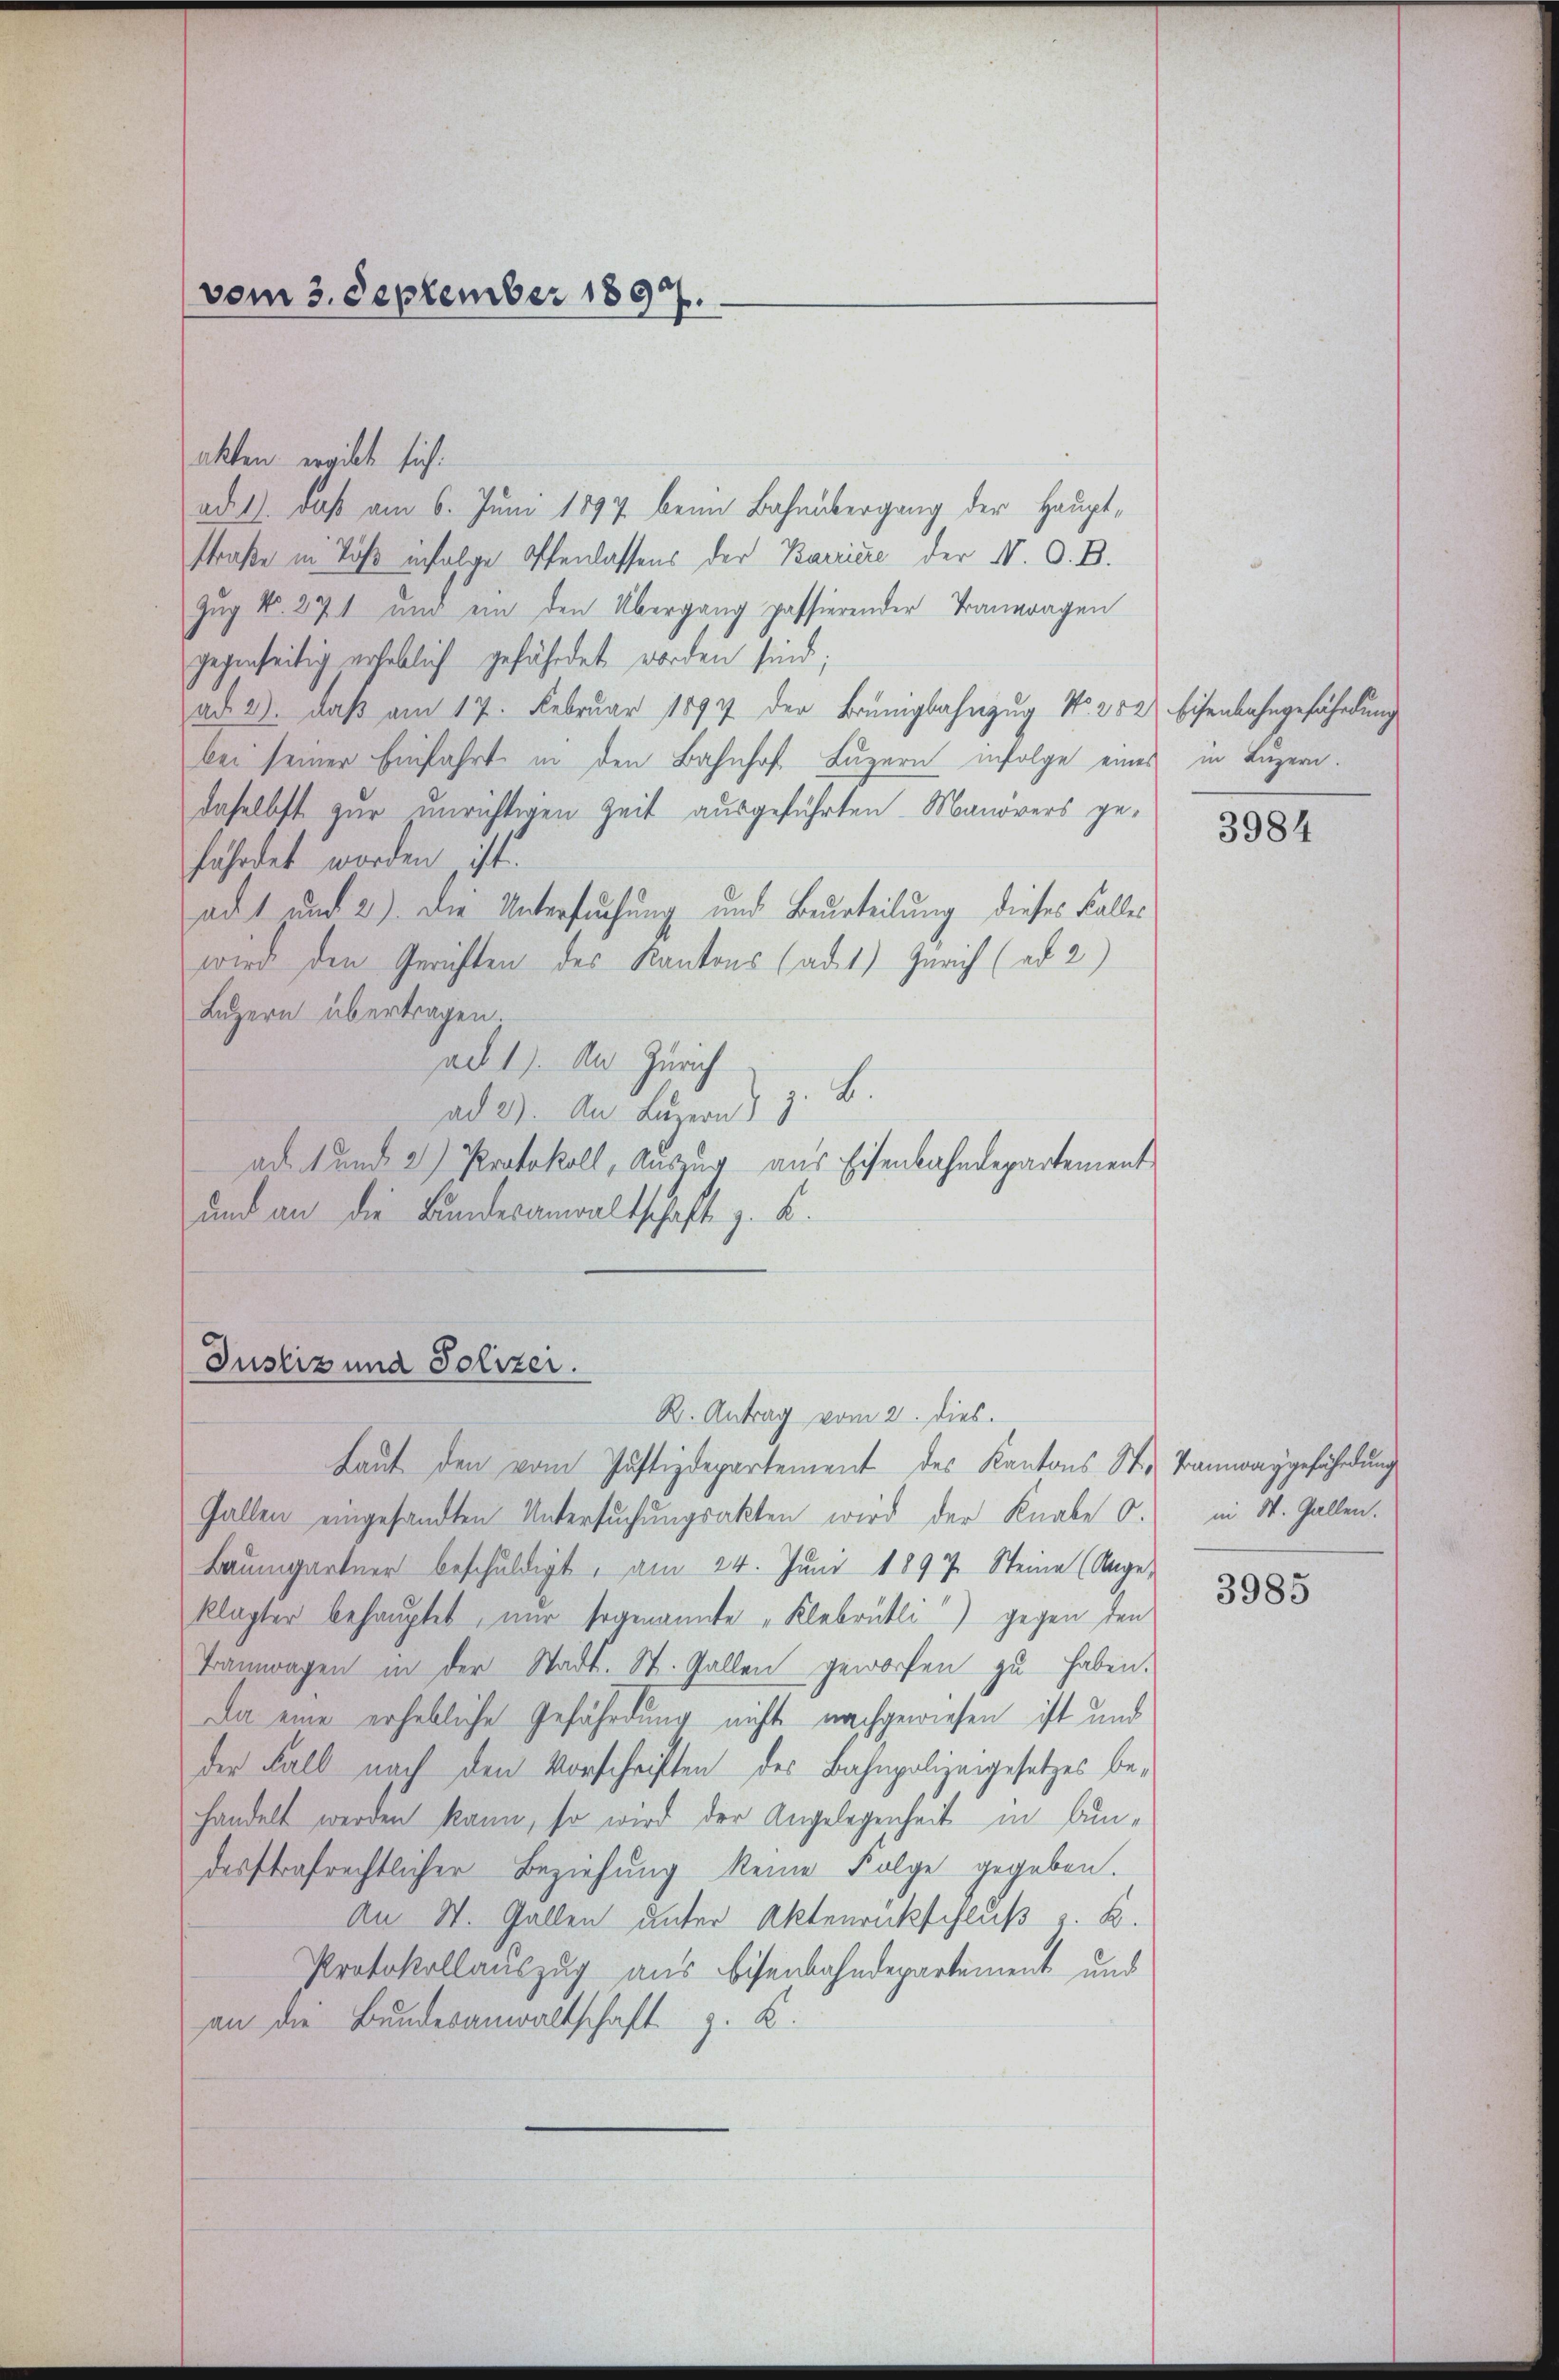
vom 3. September 1897.

akten ergibt sich:
ad 1., daß am 6. Juni 1897 beim Bahnübergang der Hauptstraße in Töß infolge Offenlassens der Barriere der N. O. B.
Zug No. 271 und ein den Übergang passierender Traueragen
gegenseitig erheblich gefährdet worden sind;
ad 2. daß am 17. Februar 1897 der Brünigbahnzug No. 282. Eisenbahngefährdung
bei seiner Einfahrt in den Bahnhof Luzern infolge eines in Luzern.
daselbst zur unrichtigen Zeit ausgeführten Manövers gefährdet worden ist.
adt und 2). Die Untersuchung und Beurteilung dieses Falles
wird den Gerichten des Kantons (ad1) Zürich (ad 2)
Luzern übertragen.
ad 1) An Zürich
B.
ad 2). An Luzern)
ad. 1 und 2) Protokoll, Auszug aus Eisenbahndepartement
und an die Bundesanwaltschaft z. B.
Justiz und Polizei.
R. Antrag vom 2. dies.
Laŭt den vom Justizdepartement des Kantons St. Bamwaygeführŭng
Gallen eingesandten Untersuchungsakten wird der Knabe O. in St. Gallen.
Baŭmgartner beschuldigt, am 24. Jŭni 1897. Steine (Ange-
klagter behauptet, nur sogenannte „Klebrütli“) gegen den
Bannwagen in der Stadt. St. Gallen geworfen zu haben.
Da eine erhebliche Gefährdung nichts nachgewiesen ist und
der Fall nach den Vorschriften des Bahnpolizeigesetzes behandelt werden kann, so wird der Angelegenheit in Audesstrafrechtlicher Beziehung keine Folge gegeben.
An St. Gallen unter Aktenrückschluß z. B.
Protokollauszug aus Bisenbahndepartement und
an die Bundesanwaltschaft z. B.

3984

3985